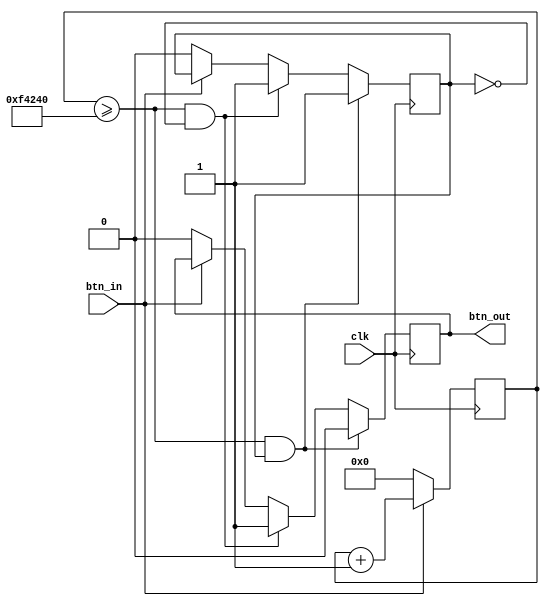
module debounce(
		input clk,
		input btn_in,
		output reg btn_out
	);

// 20 msec @ 50MHz
parameter DEBOUNCE_PERIOD = 1000000;

reg [20:0] counter;
reg pressed;

always @(posedge clk) begin
	if (btn_in)
		counter <= counter + 1;
	else
		counter <= 0;
end

always @(posedge clk) begin
	if (counter >= DEBOUNCE_PERIOD && pressed) begin
		btn_out <= 0;
		pressed <= 1;
	end
	else if (counter >= DEBOUNCE_PERIOD && ~pressed) begin
		btn_out <= 1;
		pressed <= 1;
	end
	else if (~btn_in) begin
		btn_out <= 0;
		pressed <= 0;
	end
end

endmodule